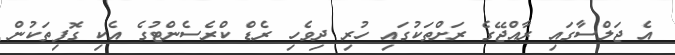
އެ ޖަލްސާގައި ރާއްޖޭގެ ރަށްތަކުގައި ހުރި ދިވެހި ރެޑް ކްރެސެންޓުގެ އެކި ގޮފިތަކުން